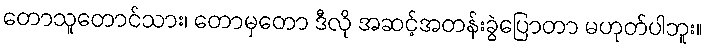
တောသူတောင်သား၊ တောမှတော ဒီလို အဆင့်အတန်းခွဲပြောတာ မဟုတ်ပါဘူး။